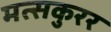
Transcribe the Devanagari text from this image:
मत्सकुरर